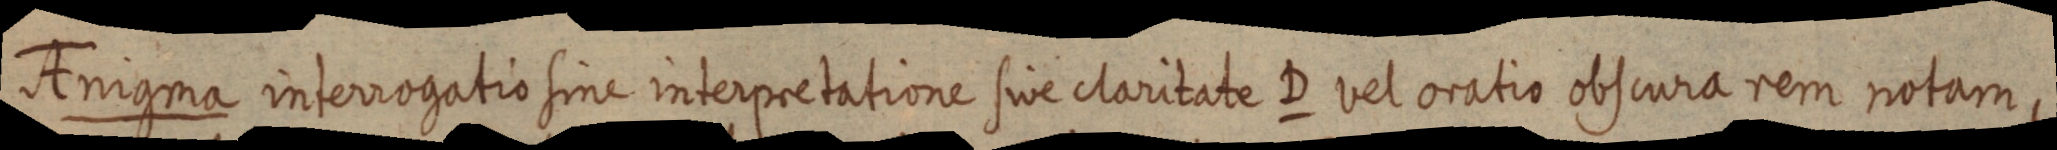
Anigma interrogatio sine interpretatione sive claritate D vel oratio obscura rem notam,